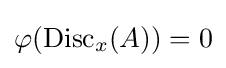
\varphi (\operatorname {Disc} _{x}(A))=0